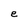
Character: e